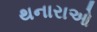
થનારાઓ